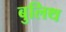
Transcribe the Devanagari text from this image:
बुलिथ